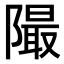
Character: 𨼥